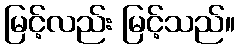
မြင့်လည်း မြင့်သည်။